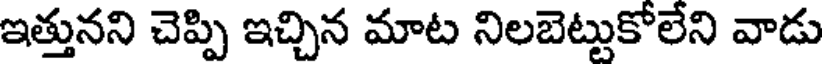
ఇత్తునని చెప్పి ఇచ్చిన మాట నిలబెట్టుకోలేని వాడు